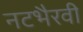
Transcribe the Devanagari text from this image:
नटभैरवी